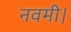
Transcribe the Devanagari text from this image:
नवमी।